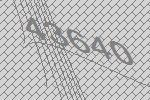
43640